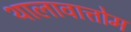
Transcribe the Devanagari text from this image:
थालावात्तोम